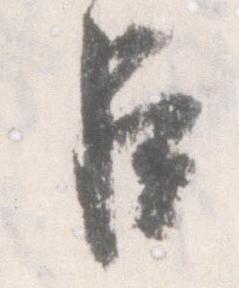
臣